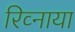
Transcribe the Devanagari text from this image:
रिव्नाया